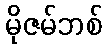
မိုဇမ်ဘစ်